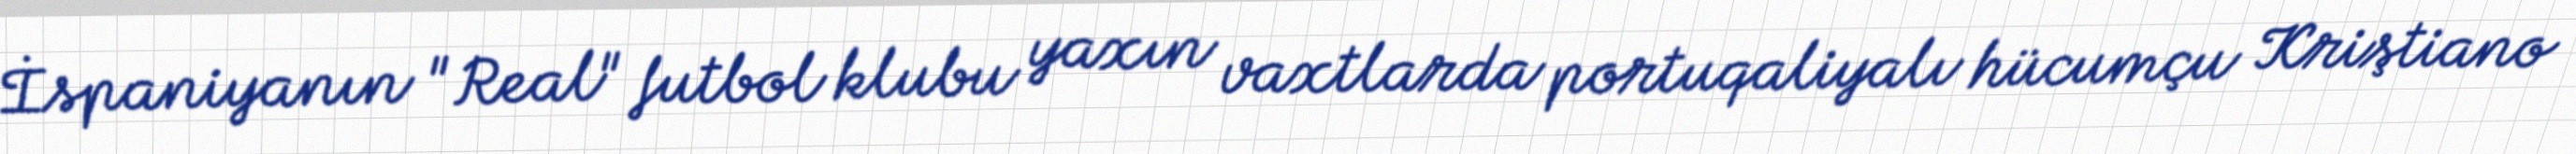
İspaniyanın "Real" futbol klubu yaxın vaxtlarda portuqaliyalı hücumçu Kriştiano